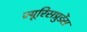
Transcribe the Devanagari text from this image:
ज्यूरिसप्रुडेंस